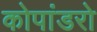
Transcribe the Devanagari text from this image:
कोपांडरो